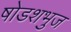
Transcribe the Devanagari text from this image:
षोडशभुज